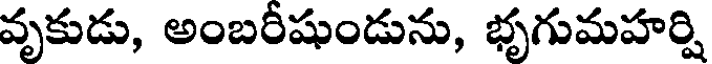
వృకుడు, అంబరీషుండును, భృగుమహర్షి